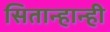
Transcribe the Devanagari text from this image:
सितान्हान्ही